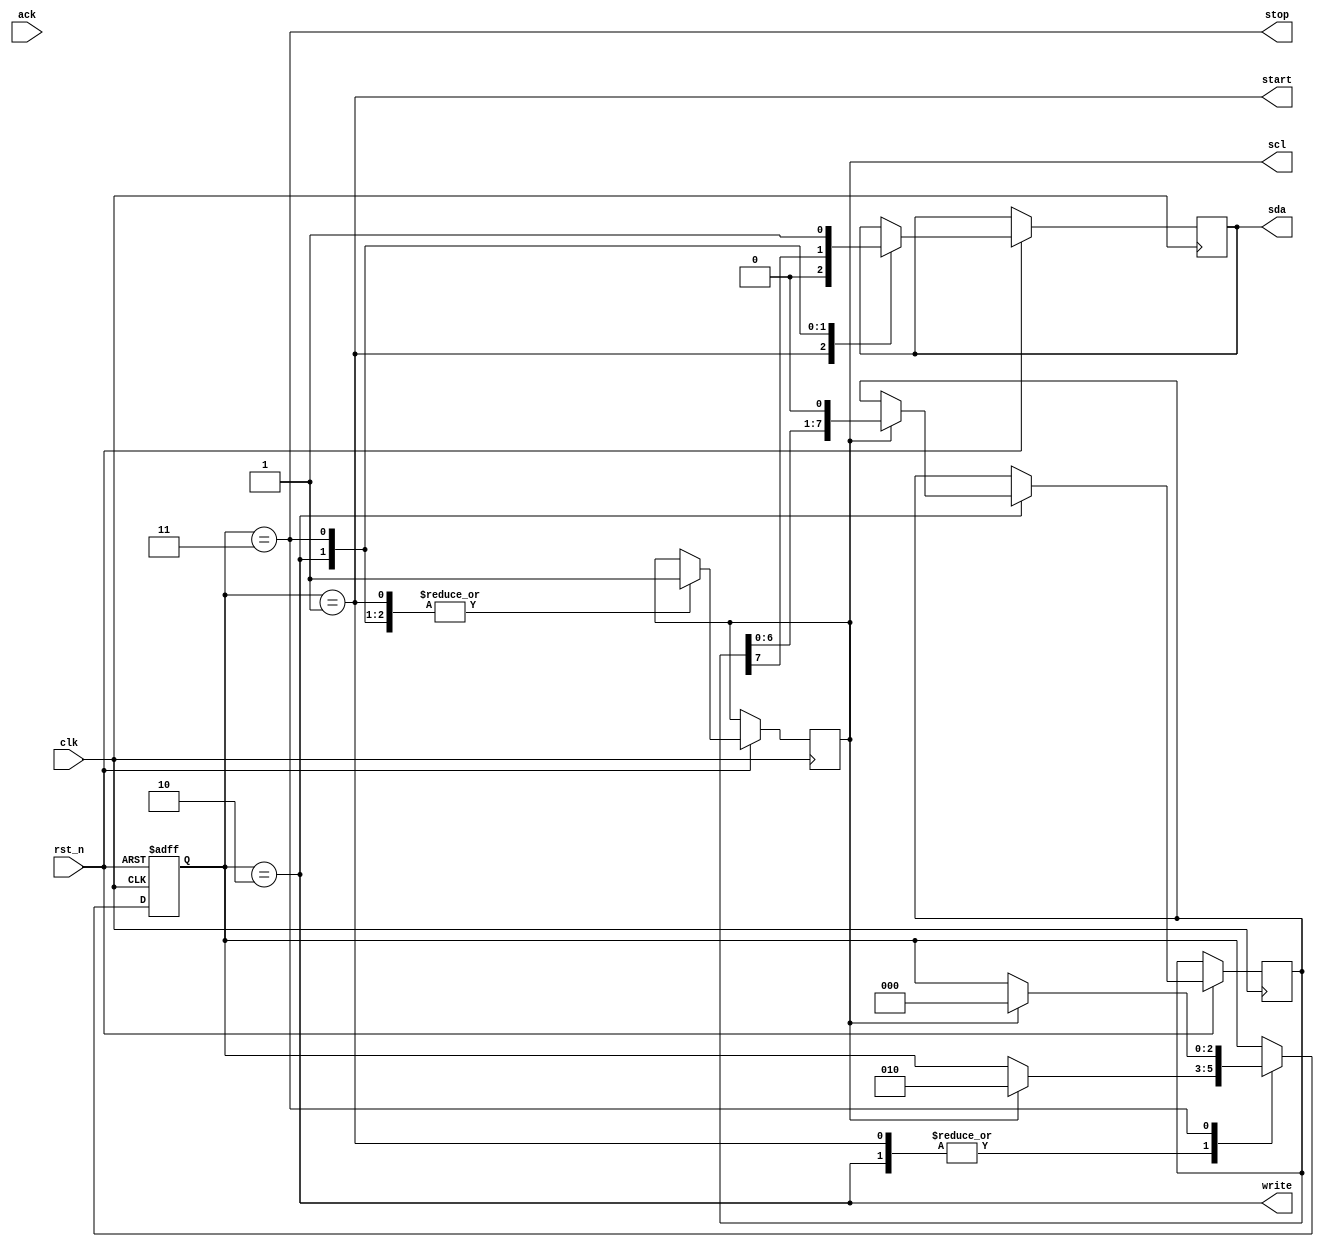
module I2C_Master (
    input wire clk,              // System clock
    input wire rst_n,            // Reset (active low)
    output wire sda,            // Serial Data (bidirectional)
    output wire scl,            // Serial Clock
    output wire start,          // Start condition
    output wire stop,           // Stop condition
    output wire write,          // Write data
    input wire ack              // Acknowledge from slave
);

    // Internal signals and registers
    reg [7:0] data_out;
    reg [7:0] address;
    reg [2:0] state;

    // Constants for I2C states
    localparam IDLE_STATE = 3'b000;
    localparam START_STATE = 3'b001;
    localparam WRITE_STATE = 3'b010;
    localparam STOP_STATE = 3'b011;

    // I2C state machine
    always @(posedge clk or negedge rst_n) begin
        if (!rst_n) begin
            state <= IDLE_STATE;
        end else begin
            case (state)
                IDLE_STATE: begin
                    if (start) begin
                        state <= START_STATE;
                    end
                end

                START_STATE: begin
                    // Drive SDA low to indicate start condition
                    sda <= 0;
                    scl <= 1;
                    if (scl) begin
                        state <= WRITE_STATE;
                    end
                end

                WRITE_STATE: begin
                    // Write data to SDA
                    sda <= data_out[7];
                    scl <= 1;
                    if (scl) begin
                        data_out <= data_out << 1;
                        if (write) begin
                            state <= WRITE_STATE;
                        end else begin
                            state <= STOP_STATE;
                        end
                    end
                end

                STOP_STATE: begin
                    // Drive SDA high to indicate stop condition
                    sda <= 1;
                    scl <= 1;
                    if (scl) begin
                        state <= IDLE_STATE;
                    end
                end
            endcase
        end
    end

    // Initialize outputs
    assign start = (state == START_STATE);
    assign stop = (state == STOP_STATE);
    assign write = (state == WRITE_STATE);

endmodule